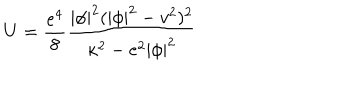
LaTeX: U = \frac { e ^ { 4 } } 8 \frac { | \phi | ^ { 2 } ( | \phi | ^ { 2 } - v ^ { 2 } ) ^ { 2 } } { { \kappa ^ { 2 } } - e ^ { 2 } | \phi | ^ { 2 } }